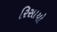
રિસાયો